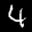
Label: 4